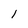
Character: 1